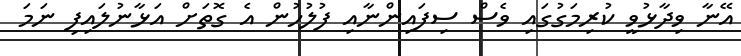
އޭނާ ވިދާޅުވީ ކުރިމަގުގައި ވެސް ސިފައިންނާއި ފުލުހުން އެ ގޮތަށް އަޅާނުލައިފި ނަމަ